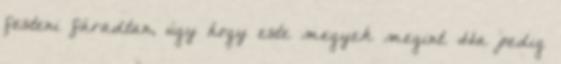
festeni fáradtan, úgy hogy este megyek megint. Ha pedig